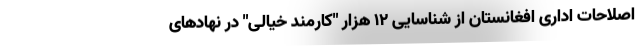
اصلاحات اداری افغانستان از شناسایی ۱۲ هزار "کارمند خیالی" در نهادهای